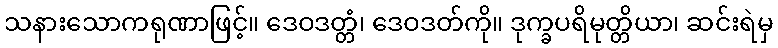
သနားသောကရုဏာဖြင့်။ ဒေဝဒတ္တံ၊ ဒေဝဒတ်ကို။ ဒုက္ခပရိမုတ္တိယာ၊ ဆင်းရဲမှ